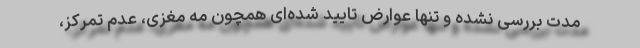
مدت بررسی نشده و تنها عوارض تایید شده‌ای همچون مه مغزی، عدم تمرکز،